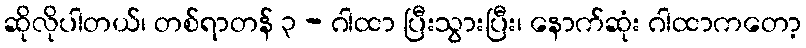
ဆိုလိုပါတယ်၊ တစ်ရာတန် ၃ - ဂါထာ ပြီးသွားပြီး၊ နောက်ဆုံး ဂါထာကတော့